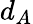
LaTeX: d_{A}